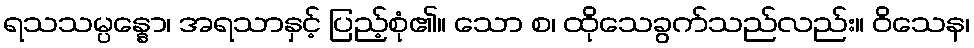
ရသသမ္ပန္နော၊ အရသာနှင့် ပြည့်စုံ၏။ သော စ၊ ထိုသေခွက်သည်လည်း။ ဝိသေန၊